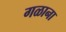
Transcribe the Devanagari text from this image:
गळाना